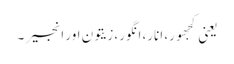
یعنی کجھور، انار، انگور، زیتون اور انجیر ۔